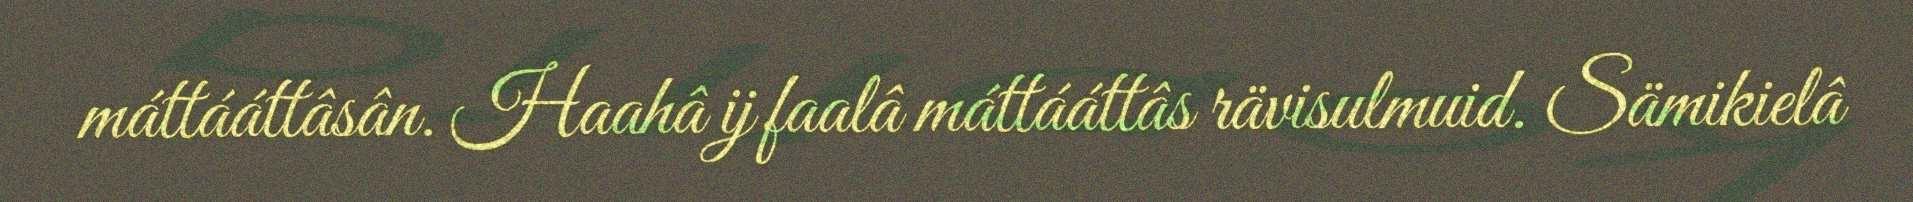
máttááttâsân. Haahâ ij faalâ máttááttâs rävisulmuid. Sämikielâ